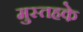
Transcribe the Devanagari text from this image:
मुस्तहके़